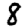
Digit: 8